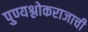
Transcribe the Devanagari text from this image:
पुण्यश्लोकराजाची